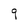
Character: q